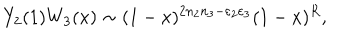
LaTeX: Y _ { 2 } ( 1 ) W _ { 3 } ( x ) \sim ( 1 - x ) ^ { 2 n _ { 2 } n _ { 3 } - \varepsilon _ { 2 } \varepsilon _ { 3 } } ( 1 - x ) ^ { R } ,